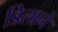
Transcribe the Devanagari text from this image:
डिलाने